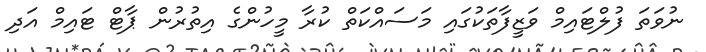
ނުވަތަ ފުލްޓައިމް ވަޒީފާތަކުގައި މަސައްކަތް ކުރާ މީހުންގެ އިތުރުން ޕާޓް ޓައިމް އަދި